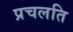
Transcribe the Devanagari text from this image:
प्रचलति